Leaving Certificate Examination (including Day School Certificate (Higher) General paper), 1927
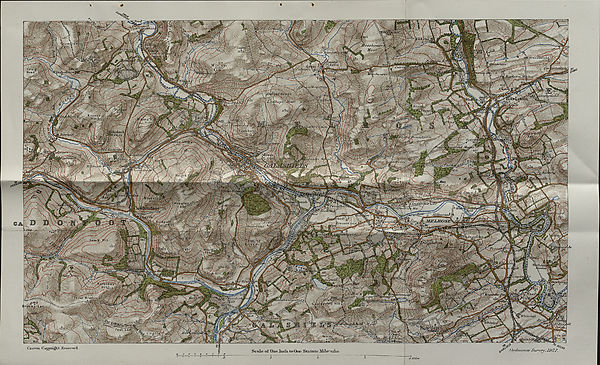
\ossh.oibxeA
Moo I '
u/i uslki i V^,
(Ji'izxiellela.
int^hmv
.ffokrcv 7
y/iirrs^x
Craig-
Head
' ISio/irinnd
McOiyif/Lctti
K nowes
H 111, 22;
' .nr:.
I'm
■ i//:'■-
cftusfimfjxs ' tUc«V.
Mill UK'
\IkiU £ :
wrooiicL U
bnucJ$k
yiyfid.t
iiu/U
Kf^’sTraw
i” il *l22JJfj
utnoor
: Three Breth
faltKjpitintl e
Broqmj j Law
'hitehUL
Sf&osi
/Wh-iie
'ainhh
Oi yUruince Survey, 192?.
Scale ol’ One Incli to One Statu te Mile' ”fl33<ro